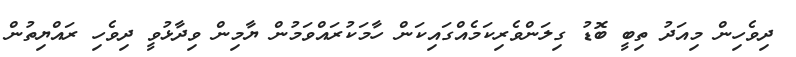
ދިވެހިން މިއަދު ތިބީ ބޮޑު ގިލަންވެރިކަމެއްގައިކަން ހާމަކުރައްވަމުން ޔާމިން ވިދާޅުވީ ދިވެހި ރައްޔިތުން